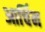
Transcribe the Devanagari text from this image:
आर्चिन